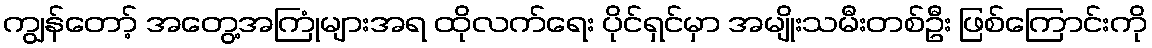
ကျွန်တော့် အတွေ့အကြုံများအရ ထိုလက်ရေး ပိုင်ရှင်မှာ အမျိုးသမီးတစ်ဦး ဖြစ်ကြောင်းကို